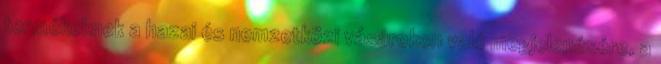
termékeknek a hazai és nemzetközi vásárokon való megjelenésére, a